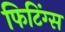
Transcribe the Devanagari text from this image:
फिटिंग्स